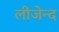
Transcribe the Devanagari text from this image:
लीजेन्द